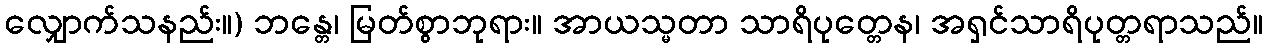
လျှောက်သနည်း။) ဘန္တေ၊ မြတ်စွာဘုရား။ အာယသ္မတာ သာရိပုတ္တေန၊ အရှင်သာရိပုတ္တရာသည်။